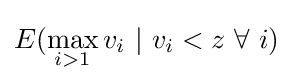
E(\max _{i>1}v_{i}~|~v_{i}<z~\forall ~i)